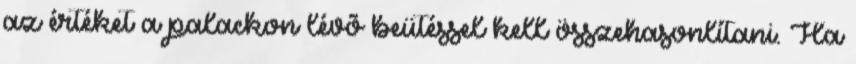
az értéket a palackon lévõ beütéssel kell összehasonlítani. Ha